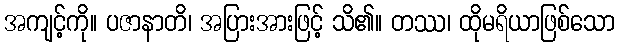
အကျင့်ကို။ ပဇာနာတိ၊ အပြားအားဖြင့် သိ၏။ တဿ၊ ထိုမရိယာဖြစ်သော